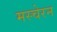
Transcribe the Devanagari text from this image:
मस्चेरन